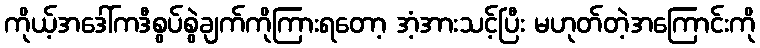
ကိုယ့်အဒေါ်ကဒီစွပ်စွဲချက်ကိုကြားရတော့ အံ့အားသင့်ပြီး မဟုတ်တဲ့အကြောင်းကို